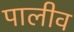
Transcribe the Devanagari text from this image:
पालीव